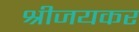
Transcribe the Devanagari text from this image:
श्रीजयकर